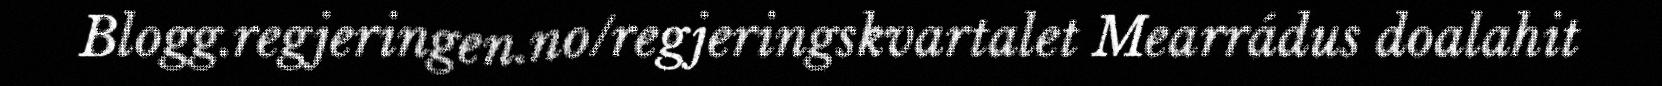
Blogg.regjeringen.no/regjeringskvartalet Mearrádus doalahit